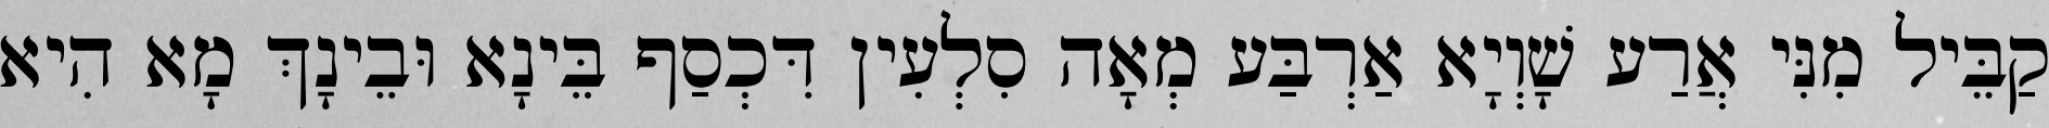
קַבֵּיל מִנִּי אֲרַע שָׁוְיָא אַרְבַּע מְאָה סִלְעִין דִּכְסַף בֵּינָא וּבֵינָךְ מָא הִיא